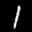
Label: 1